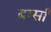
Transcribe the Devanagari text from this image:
बर्ग्साँ